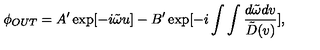
\phi _ { O U T } = A ^ { \prime } \exp [ - i \tilde { \omega } u ] - B ^ { \prime } \exp [ - i \int \int { \frac { d \tilde { \omega } d v } { \tilde { D } ( v ) } } ] ,